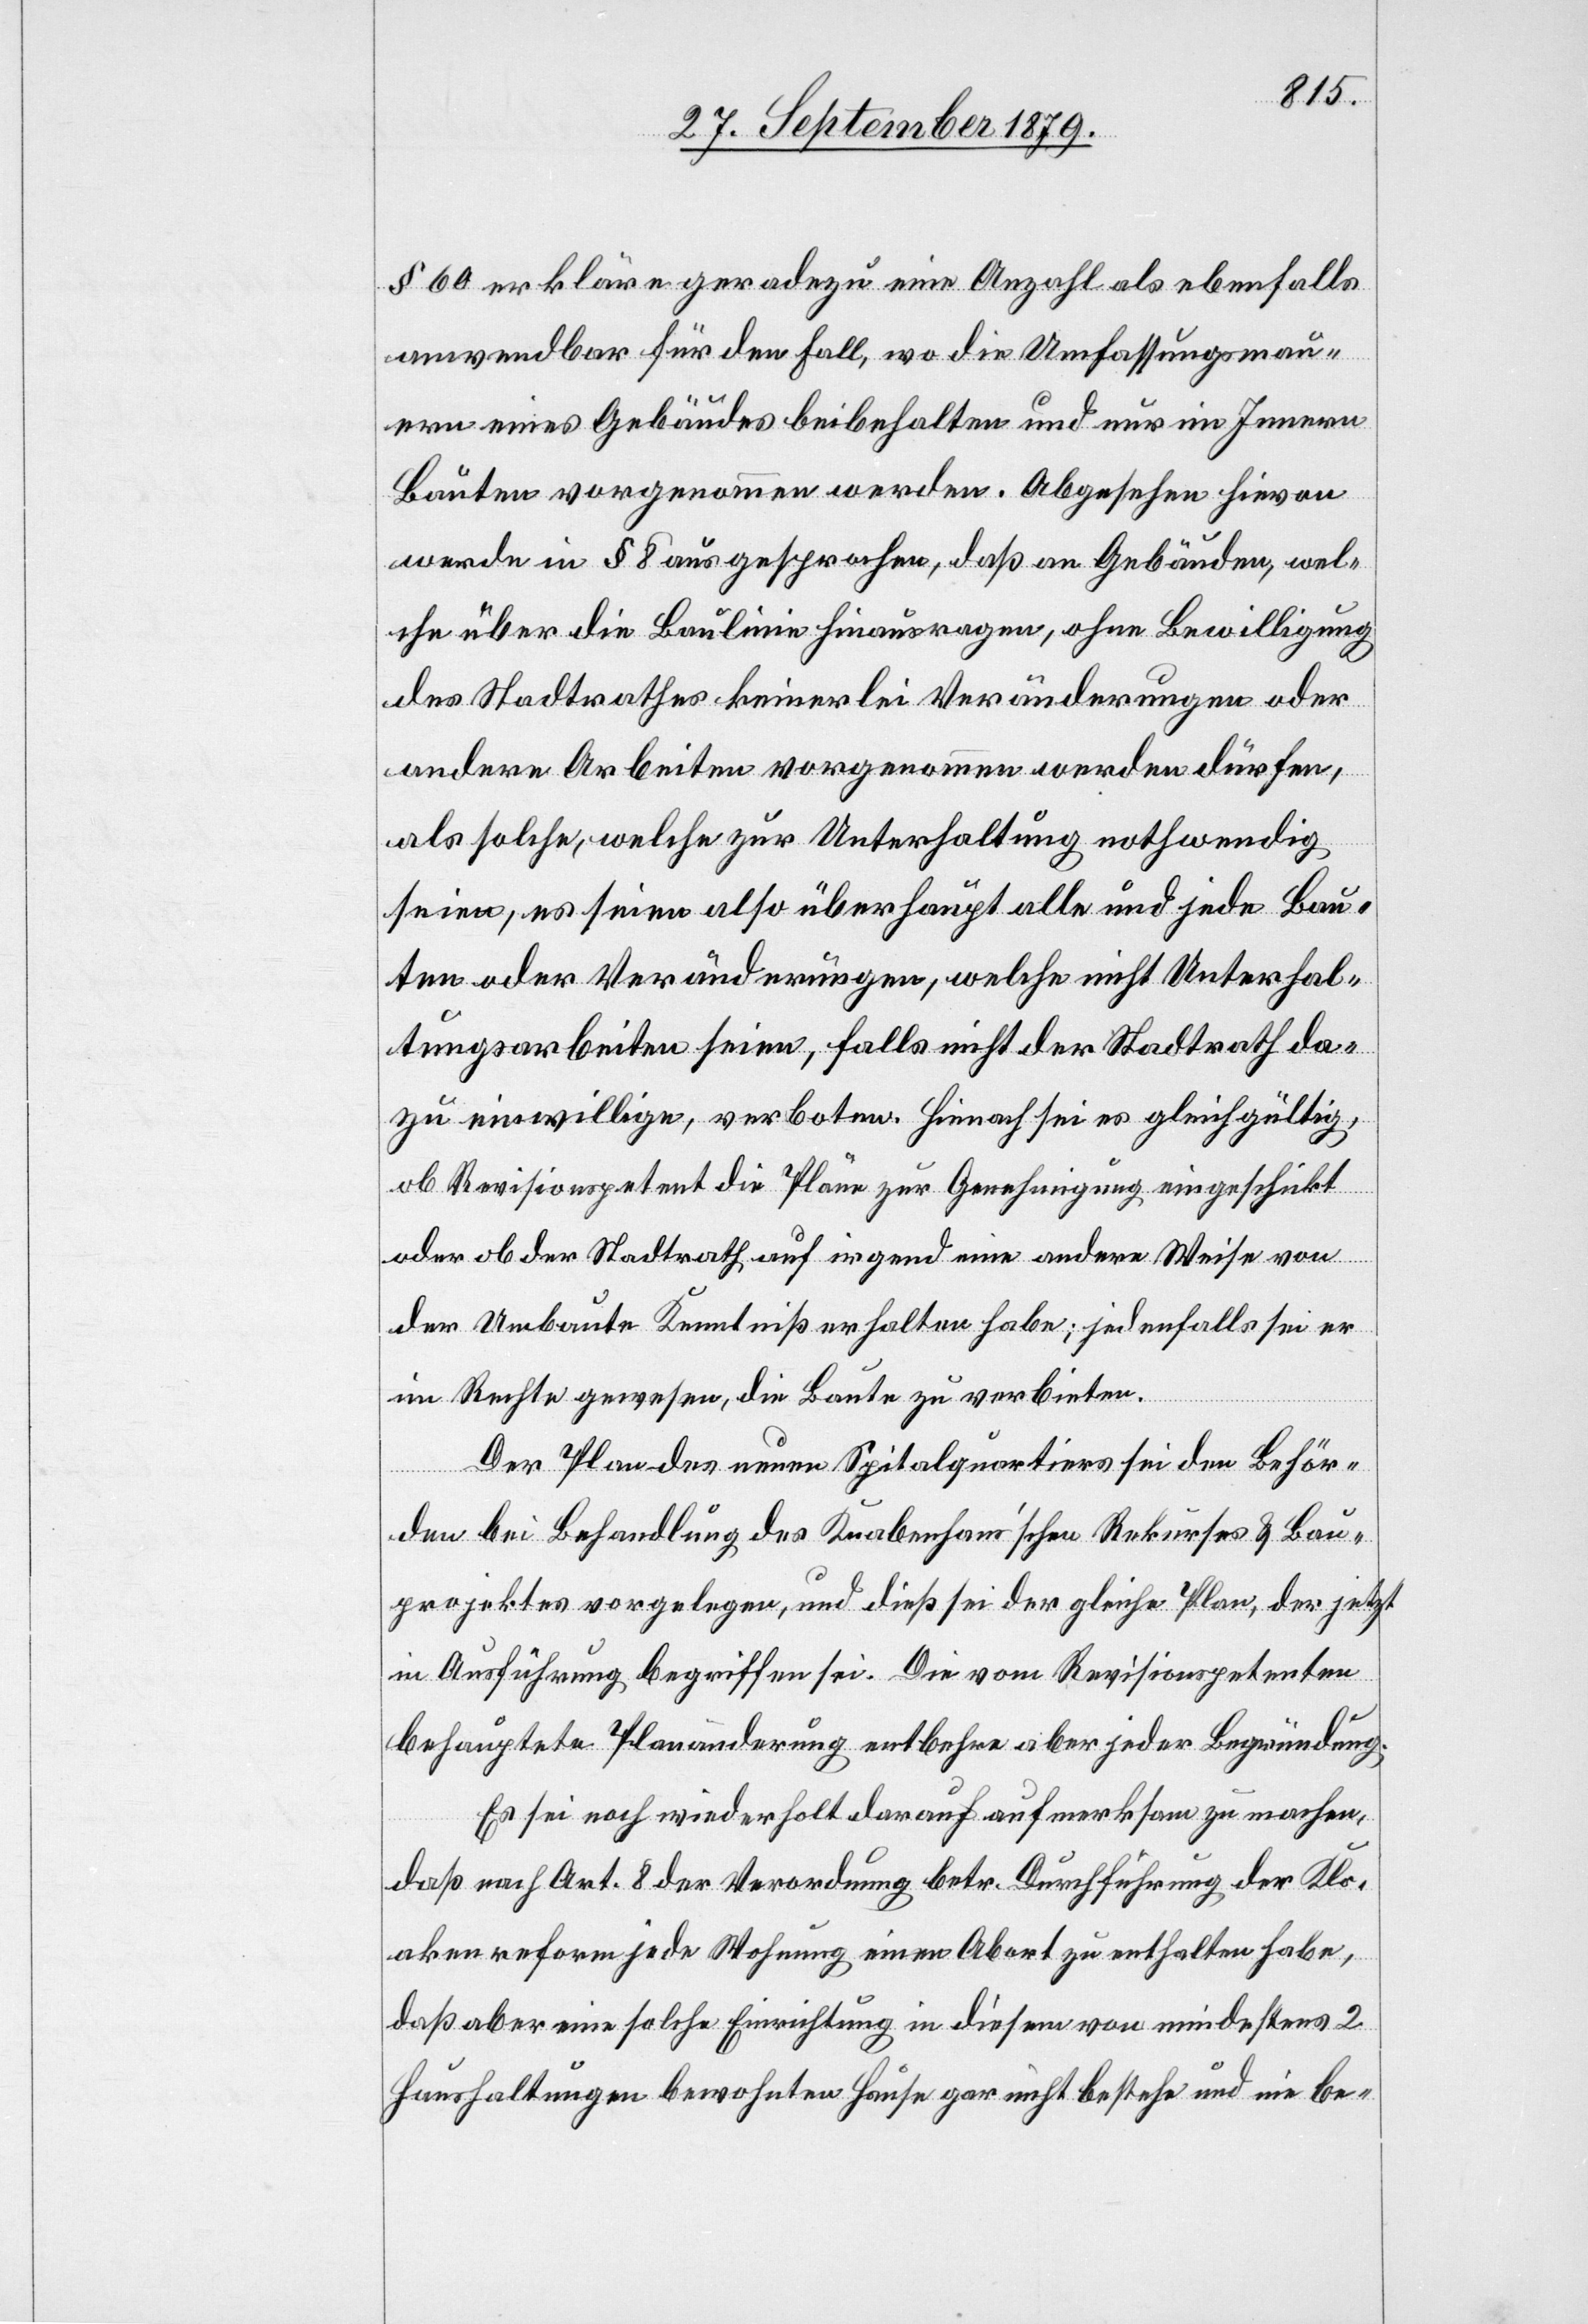
§ 60 erkläre geradezu eine Anzahl als ebenfalls
anwendbar für den Fall, wo die Umfassungsmau¬
ern eines Gebäudes beibehalten und nur im Innern
Bauten vorgenommen werden. Abgesehen hievon
werde in § 8 ausgesprochen, daß an Gebäuden, wel¬
che über die Baulinie hinausragen, ohne Bewilligung
des Stadtrathes keinerlei Veränderungen oder
andere Arbeiten vorgenommen werden dürfen,
als solche, welche zur Unterhaltung nothwendig
seien, es seien also überhaupt alle und jede Bau¬
ten oder Veränderungen, welche nicht Unterhal¬
tungsarbeiten seien, falls nicht der Stadtrath da¬
zu einwillige, verboten. Hienach sei es gleichgültig,
ob Revisionspetent die Pläne zur Genehmigung eingeschickt
oder ob der Stadtrath auf irgend eine andere Weise von
der Umbaute Kenntniß erhalten habe; jedenfalls sei er
im Rechte gewesen, die Baute zu verbieten.
Der Plan des neuen Spitalquartiers sei der Behör¬
den bei Behandlung des Knabenhans’schen Rekurses & Bau¬
projektes vorgelegen, und dieß sei der gleiche Plan, der jetzt
in Ausführung begriffen sei. Die vom Revisionspetenten
behauptete Planänderung entbehre aber jeder Begründung.
Es sei noch wiederholt darauf aufmerksam zu machen,
daß nach Art. 8 der Verordnung betr. Durchführung der Klo¬
akenreform jede Wohnung einen Abort zu enthalten habe,
daß aber eine solche Einrichtung in diesem von mindestens 2
Haushaltungen bewohnten Hause gar nicht bestehe und nie be-